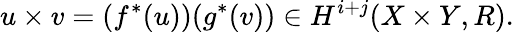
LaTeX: u\times v=(f^{*}(u))(g^{*}(v))\in H^{i+j}(X\times Y,R).